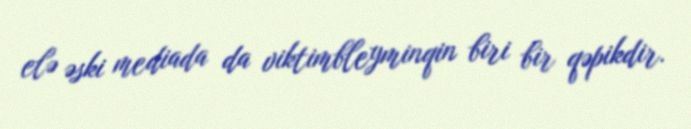
elə əski mediada da viktimbleyminqin biri bir qəpikdir.